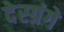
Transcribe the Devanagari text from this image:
देस्ग्रंगे